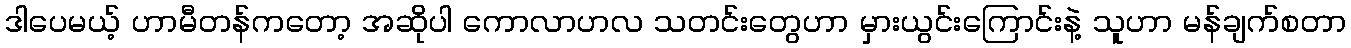
ဒါပေမယ့် ဟာမီတန်ကတော့ အဆိုပါ ကောလာဟလ သတင်းတွေဟာ မှားယွင်းကြောင်းနဲ့ သူဟာ မန်ချက်စတာ